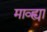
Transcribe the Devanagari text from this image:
माव्ह्या